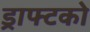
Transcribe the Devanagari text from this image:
ड्राफ्टको